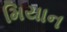
મિયાન